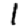
Digit: 1